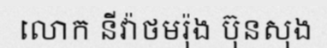
លោក នីវ៉ាថមរ៉ុង ប៊ុនសុង